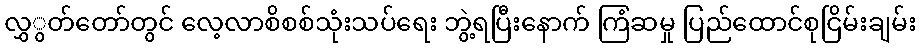
လွှွတ်တော်တွင် လေ့လာစိစစ်သုံးသပ်ရေး ဘွဲ့ရပြီးနောက် ကြံဆမှု ပြည်ထောင်စုငြိမ်းချမ်း